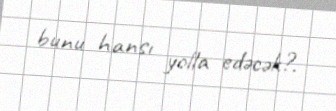
bunu hansı yolla edəcək?.